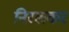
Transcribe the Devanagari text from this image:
निरखकर